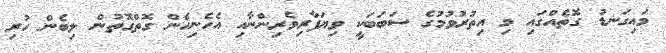
މައިގަނޑު ގޮތެއްގައި މި އިތުރުވުމުގެ ސަބަބަކީ ވިޔަފާރިވެރިންނާއި އެހެނިހެން ގޮތްގޮތުން ލިބެން ހުރި